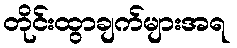
တိုင်းထွာချက်များအရ